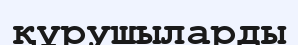
құрушыларды